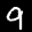
Label: 9